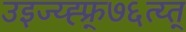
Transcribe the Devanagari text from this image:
उइज्य्ह्फ्र्७६त्य्त्